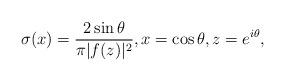
LaTeX: \begin{align*}\sigma(x)=\frac{2 \sin \theta}{\pi |f(z)|^2}, x=\cos\theta, z=e^{i\theta},\end{align*}